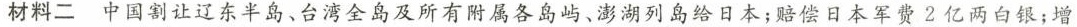
材料二中国割让辽东半岛、台湾全岛及所有附属各岛屿、澎湖列岛给日本；赔偿日本军费2亿两白银；增